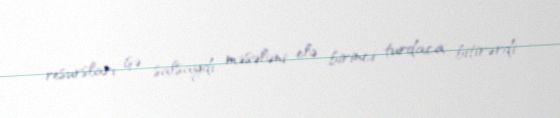
resursları işə salsaydı, məsələni elə birinci turdaca bitirərdi.